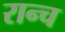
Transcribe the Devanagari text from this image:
रान्च